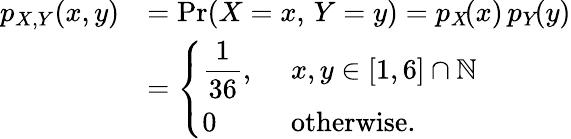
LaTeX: {\begin{array}{rl}{p_{X,Y}\! \left(x,y\right)}&{=\operatorname*{Pr}(X=x,\, Y=y)=p_{X}\! (x)\, p_{Y}\! (y)}\\ &{={\left\{ \begin{array}{ll}{\displaystyle{\frac{1}{36}},\ }&{x,y\in[1,6]\cap\mathbb{N}}\\ {0}&{{\mathrm{otherwise.}}}\end{array}\right.}}\end{array}}